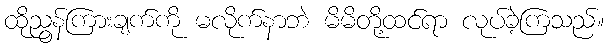
ထိုညွန်ကြားချက်ကို မလိုက်နာဘဲ မိမိတို့ထင်ရာ လုပ်ခဲ့ကြသည်။